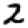
Digit: 2